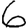
Digit: 6